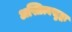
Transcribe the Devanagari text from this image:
अस्तित्वसुद्धा